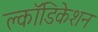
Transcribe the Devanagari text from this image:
क्लॉडिकेशन